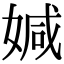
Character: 㛾